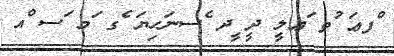
ްފޢަ ުތ ަޢލީ ދީ ީދ ެސނަހިޔަ ެގ ަމ ަސ ްއ